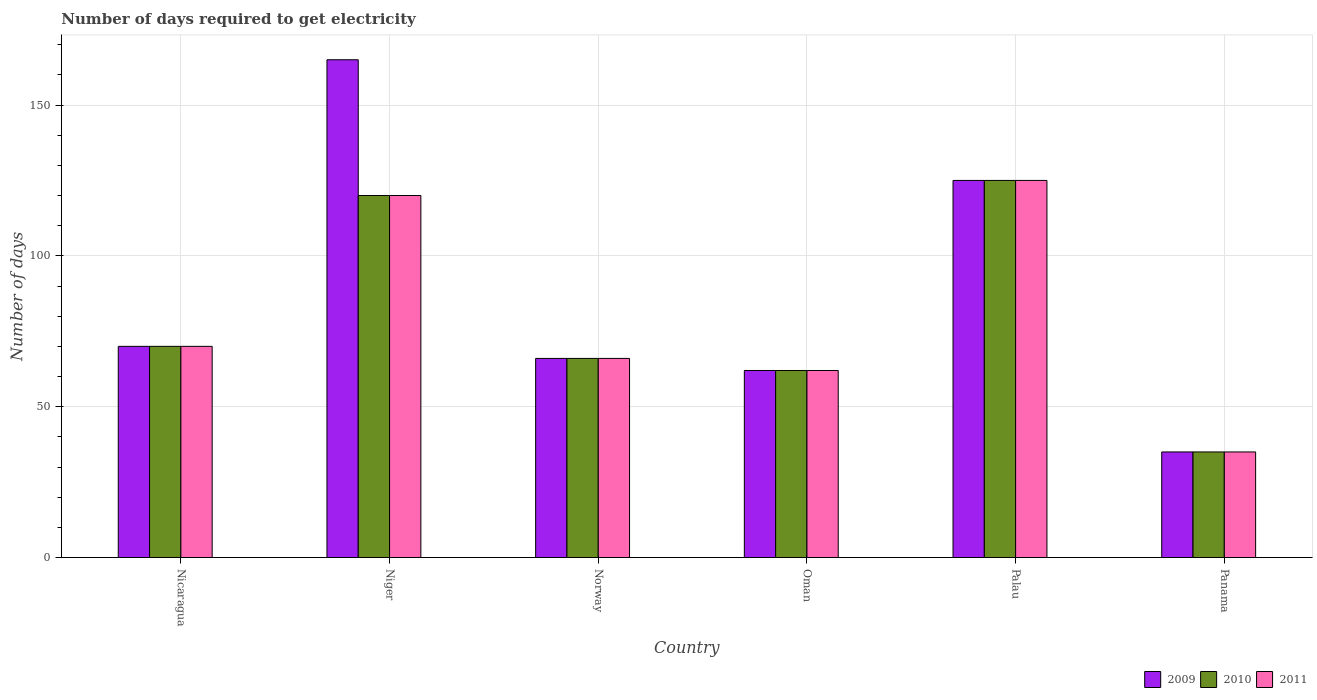
| Country | 2009 | 2010 | 2011 |
 | --- | --- | --- | --- |
 | Nicaragua | 70 | 70 | 70 |
 | Niger | 165 | 120 | 120 |
 | Norway | 66 | 66 | 66 |
 | Oman | 62 | 62 | 62 |
 | Palau | 125 | 125 | 125 |
 | Panama | 35 | 35 | 35 |